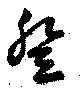
登